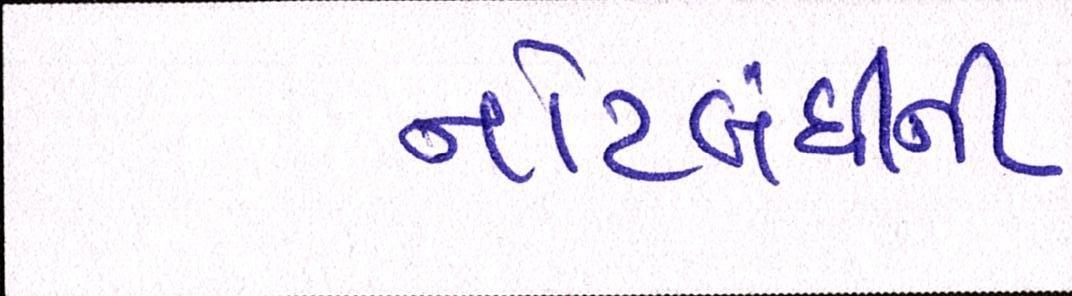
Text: નોટબંધીની